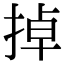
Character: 掉